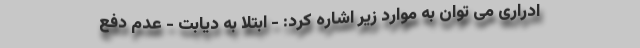
ادراری می توان به موارد زیر اشاره کرد: - ابتلا به دیابت - عدم دفع